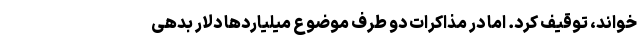
خواند، توقیف کرد. اما در مذاکرات دو طرف موضوع میلیاردها دلار بدهی‌